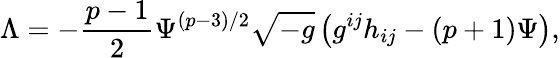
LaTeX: {\Lambda}=-\frac{p-1}{2}{\Psi}^{(p-3)/2}\sqrt{-g}\left(g^{ij}h_{ij}-(p+1){\Psi}\right),